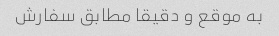
به موقع و دقیقا مطابق سفارش